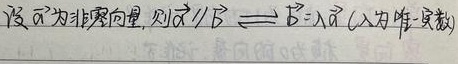
设\(\vec{a}\)为非零向量，则
\(\vec{a}\parallel\vec{b}\Longleftrightarrow\vec{b} = \lambda\vec{a}\)（\(\lambda\)为唯一实数）